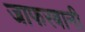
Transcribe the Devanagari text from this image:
जाफरबानी